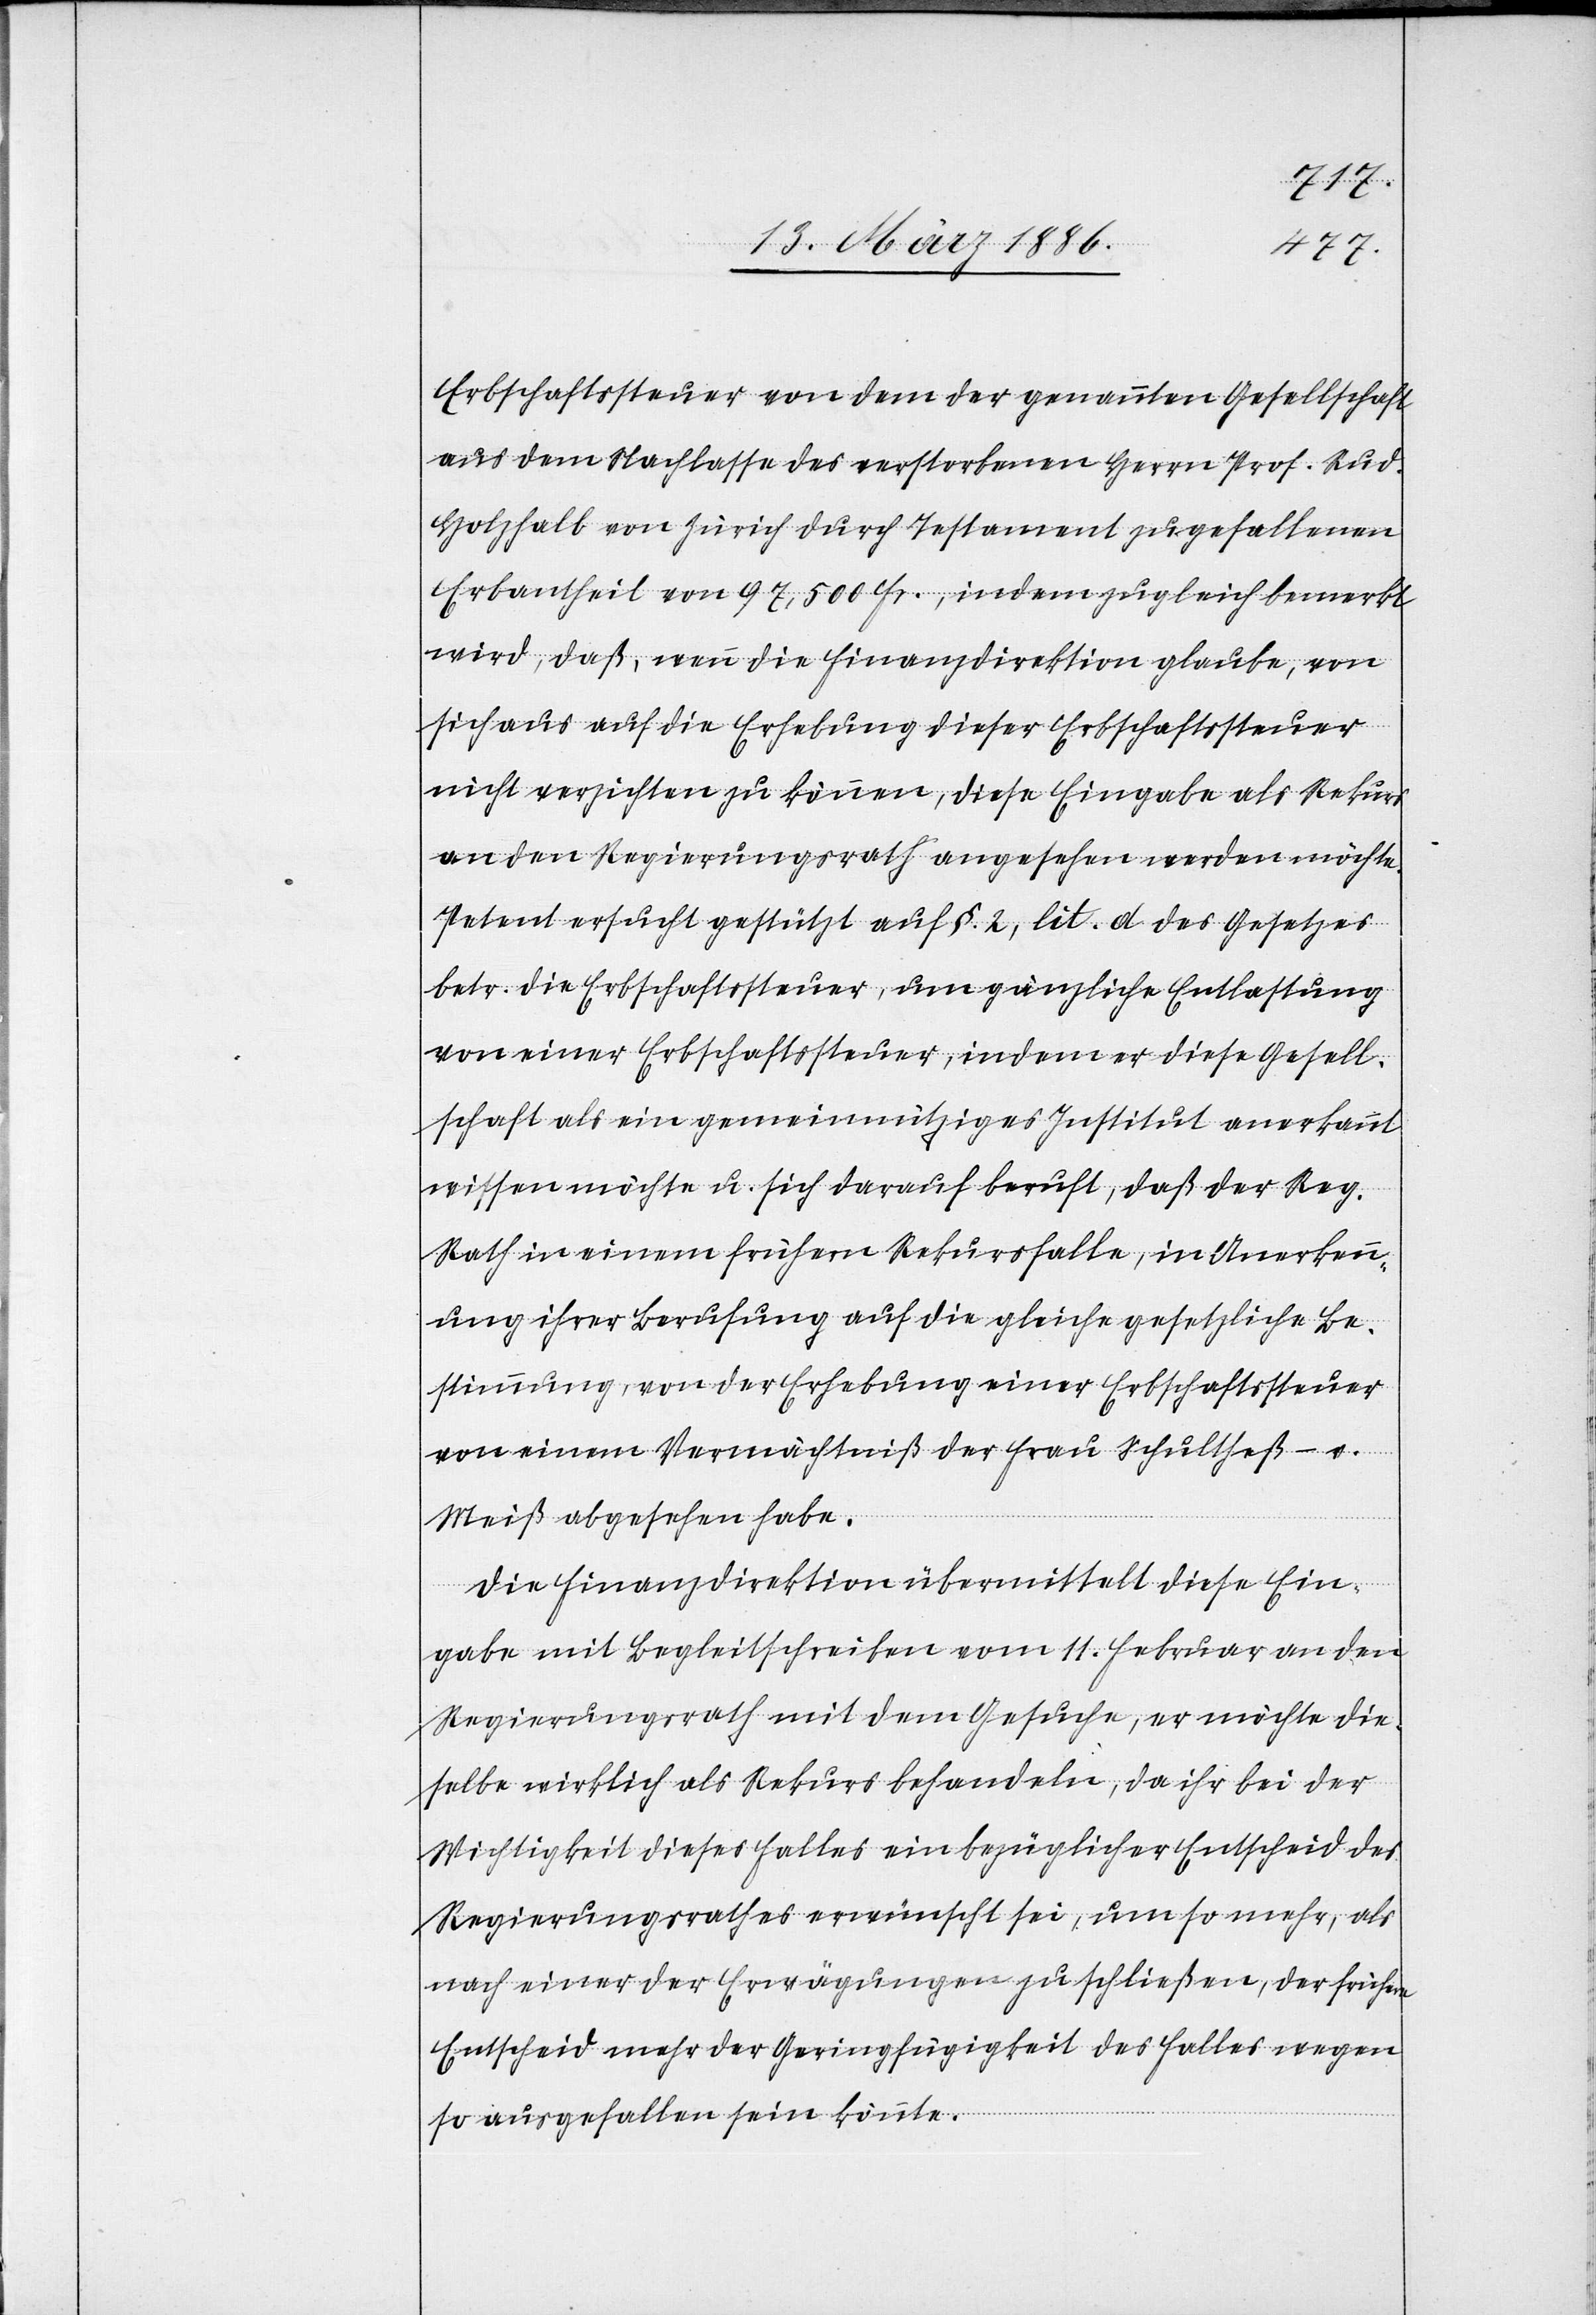
Erbschaftssteuer von dem der genannten Gesellschaft
aus dem Nachlasse des verstorbenen Herrn Prof. Rud.
Holzhalb von Zürich durch Testament zugefallenen
Erbantheil von 97,500 Fr., indem zugleich bemerkt
wird, daß, wenn die Finanzdirektion glaube, von
sich aus auf die Erhebung dieser Erbschaftssteuer
nicht verzichten zu können, diese Eingabe als Rekurs
an den Regierungsrath angesehen werden möchte.
Petent ersucht gestützt auf §. 2, lit. d des Gesetzes
betr. die Erbschaftssteuer, um gänzliche Entlastung
von einer Erbschaftssteuer, indem er diese Gesell¬
schaft als ein gemeinnütziges Institut anerkannt
wissen möchte u. sich darauf beruft, daß der Reg.
Rath in einem frühern Rekursfalle, in Anerkenn¬
ung ihrer Berufung auf die gleiche gesetzliche Be¬
stimmung, von der Erhebung einer Erbschaftssteuer
von einem Vermächtniß der Frau Schultheß-v.
Meiß abgesehen habe.
Die Finanzdirektion übermittelt diese Ein¬
gabe mit Begleitschreiben vom 11. Februar an den
Regierungsrath mit dem Gesuche, er möchte die¬
selbe wirklich als Rekurs behandeln, da ihr bei der
Wichtigkeit dieses Falles ein bezüglicher Entscheid des
Regierungsrathes erwünscht sei, um so mehr, als
nach einer der Erwägungen zu schließen, der frühere
Entscheid mehr der Geringfügigkeit des Falles wegen
so ausgefallen sein könnte.